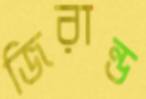
জিরান্ড